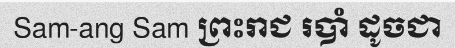
Sam-ang Sam ព្រះរាជ របាំ ដូចជា